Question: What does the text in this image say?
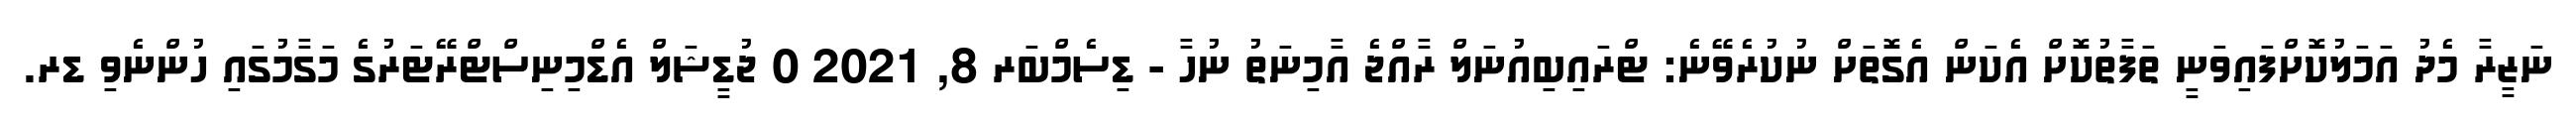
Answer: ނަޒީރާ މެދު އަމަލުކޮށްފައިވަނީ ތަފާތުކޮށް އެކަން އެގޮތަށް ނުކުރެވޭނެ: ޓްރައިބިއުނަލް ރާއްޖެ އާމިނަތު ނުހާ - ޑިސެމްބަރ 8, 2021 0 ޖުޑީޝަލް އެޑްމިނިސްޓްރޭޓަރުގެ މަގާމުގައި ހުންނެވި ޑރ.